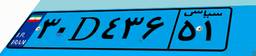
۳۰D۴۳۶۵۱